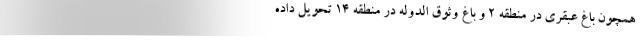
همچون باغ عبقری در منطقه ۲ و باغ وثوق الدوله در منطقه ۱۴ تحویل داده